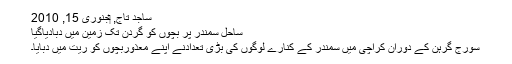
ساجد تاج, ‏جنوری 15, 2010
ساحل سمندر پر بچوں کو گردن تک زمین میں دبادیاگیا​
سورج گرہن کے دوران کراچی میں سمندر کے کنارے لوگوں کی بڑی تعدادنے اپنے معذوربچوں کو ریت میں دبایا۔